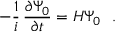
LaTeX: - { \frac { 1 } { i } } \, { \frac { \partial \Psi _ { 0 } } { \partial t } } = H \Psi _ { 0 } ~ ~ .